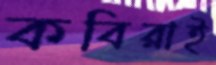
কবিরাই